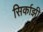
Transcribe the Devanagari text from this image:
सिर्काझी